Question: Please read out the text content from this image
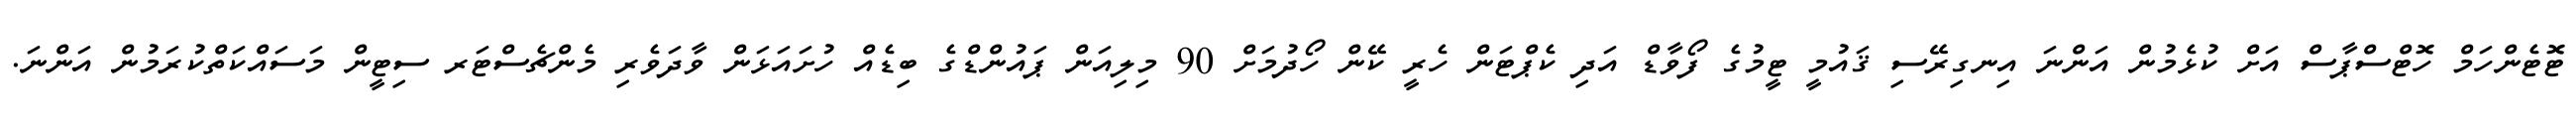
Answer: ޓޮޓެންހަމް ހޮޓްސްޕާސް އަށް ކުޅެމުން އަންނަ އިނގިރޭސި ޤައުމީ ޓީމުގެ ފޯވާޑް އަދި ކެޕްޓަން ހެރީ ކޭން ހޯދުމަށް 90 މިލިއަން ޕައުންޑްގެ ބިޑެއް ހުށައަޅަން ވާދަވެރި މެންޗެސްޓަރ ސިޓީން މަސައްކަތްކުރަމުން އަންނަ.